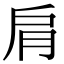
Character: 肩